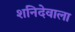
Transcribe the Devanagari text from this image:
शनिदेवाला